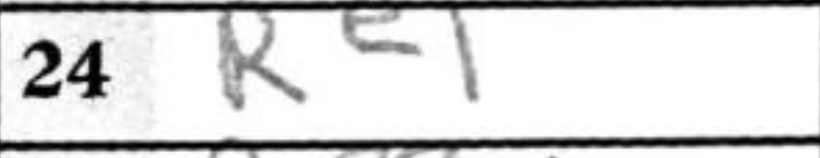
Transcription: Re1